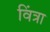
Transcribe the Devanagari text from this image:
विंत्रा